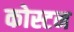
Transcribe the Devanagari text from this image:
कोस्टन